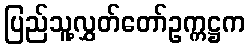
ပြည်သူ့လွှတ်တော်ဥက္ကဋ္ဌက